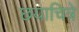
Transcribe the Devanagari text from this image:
छयाचित्रे